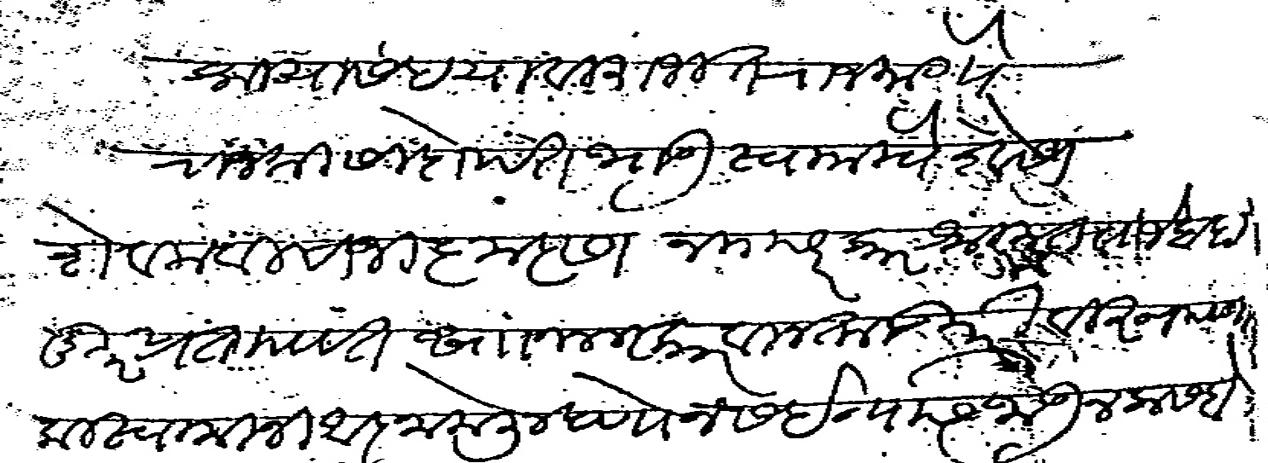
Transliteration (Devanagari): श्रीयासह विराजीत राजमान्ये राजश्री सिदोपंत भाऊ स्वामीचे शेवेसी सेवक विसाजी कृष्ण साष्टांग नमस्कार श्रीमंत राजेबाहादूर प्रतापवंत साा नमस्कार विनती उपरी विज्ञापना की स्वामीनी आज्ञा केली म्हणोन सईन्यास जाऊन कसबे